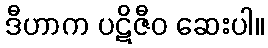
ဒီဟာက ပဋိဇီဝ ဆေးပါ။